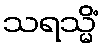
သရသ္မိံ